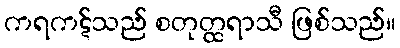
ကရကဋ်သည် စတုတ္ထရာသီ ဖြစ်သည်။